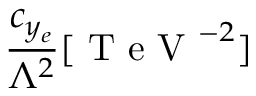
\frac { c _ { y _ { e } } } { \Lambda ^ { 2 } } [ \mathrm { ~ T ~ e ~ V ~ } ^ { - 2 } ]